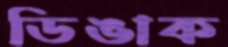
ডিঙাক